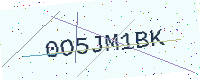
Text: 0O5JM1BK